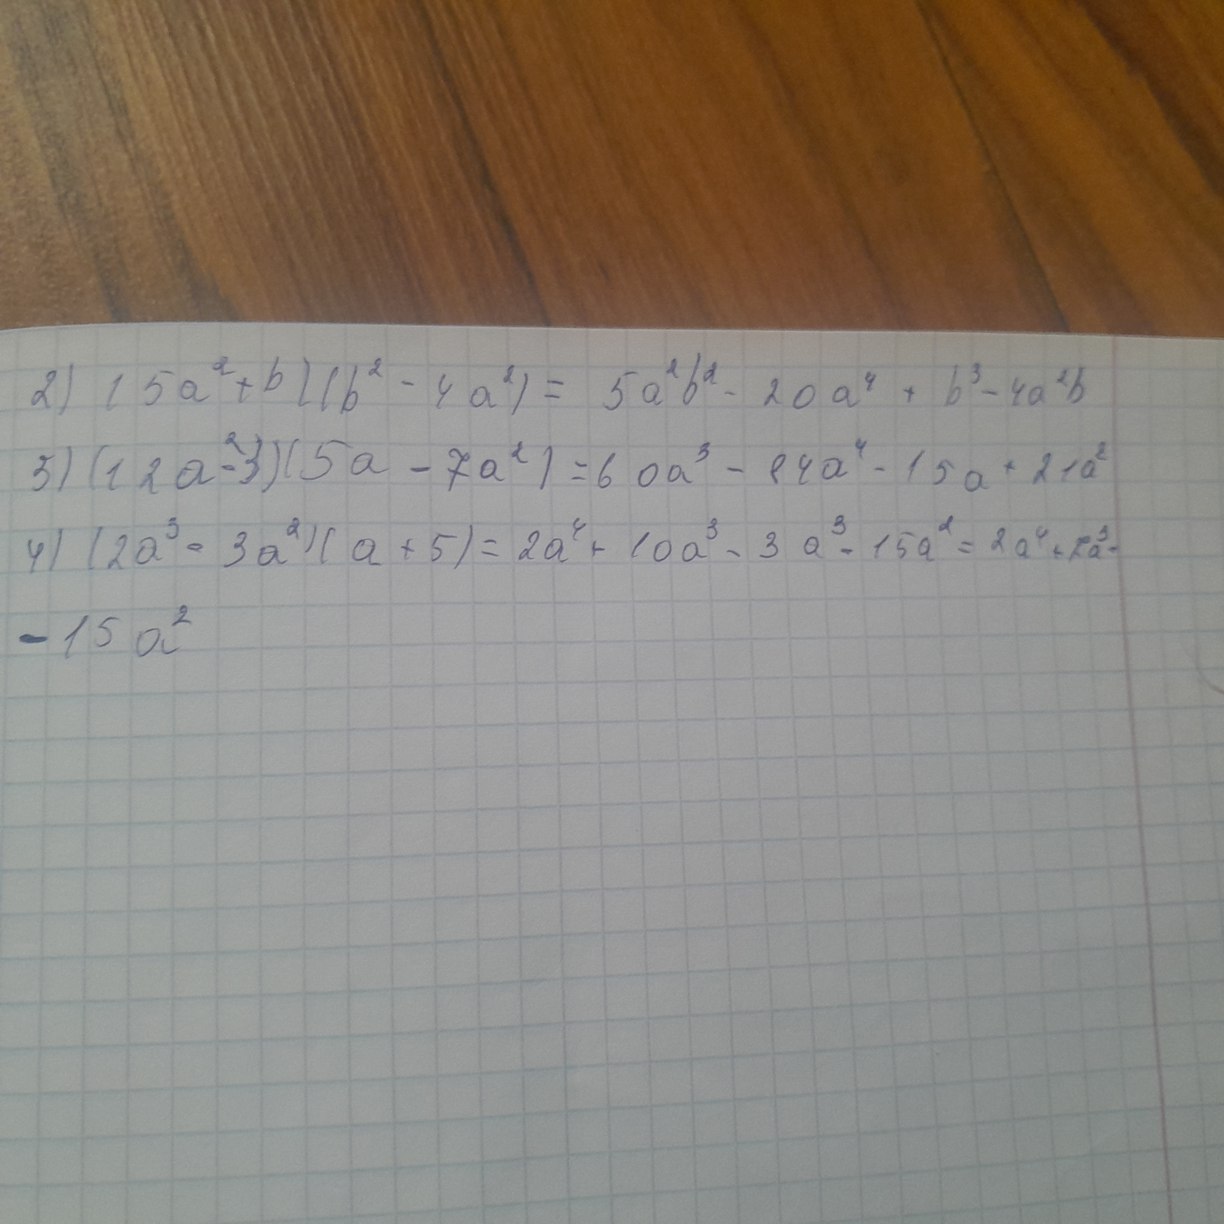
2) (5a^2 + b)(b^2 - 4a^2) = 5a^2 b^2 - 20a^4 + b^3 - 4a^2 b
5) (12a^2 - 3)(5a - 7a^2) = 60a^3 - 84a^4 - 15a + 21a^2
4) (2a^3 - 3a^2)(a + 5) = 2a^4 + 10a^3 - 3a^3 - 15a^2 = 2a^4 + 7a^3 -
- 15 a^2